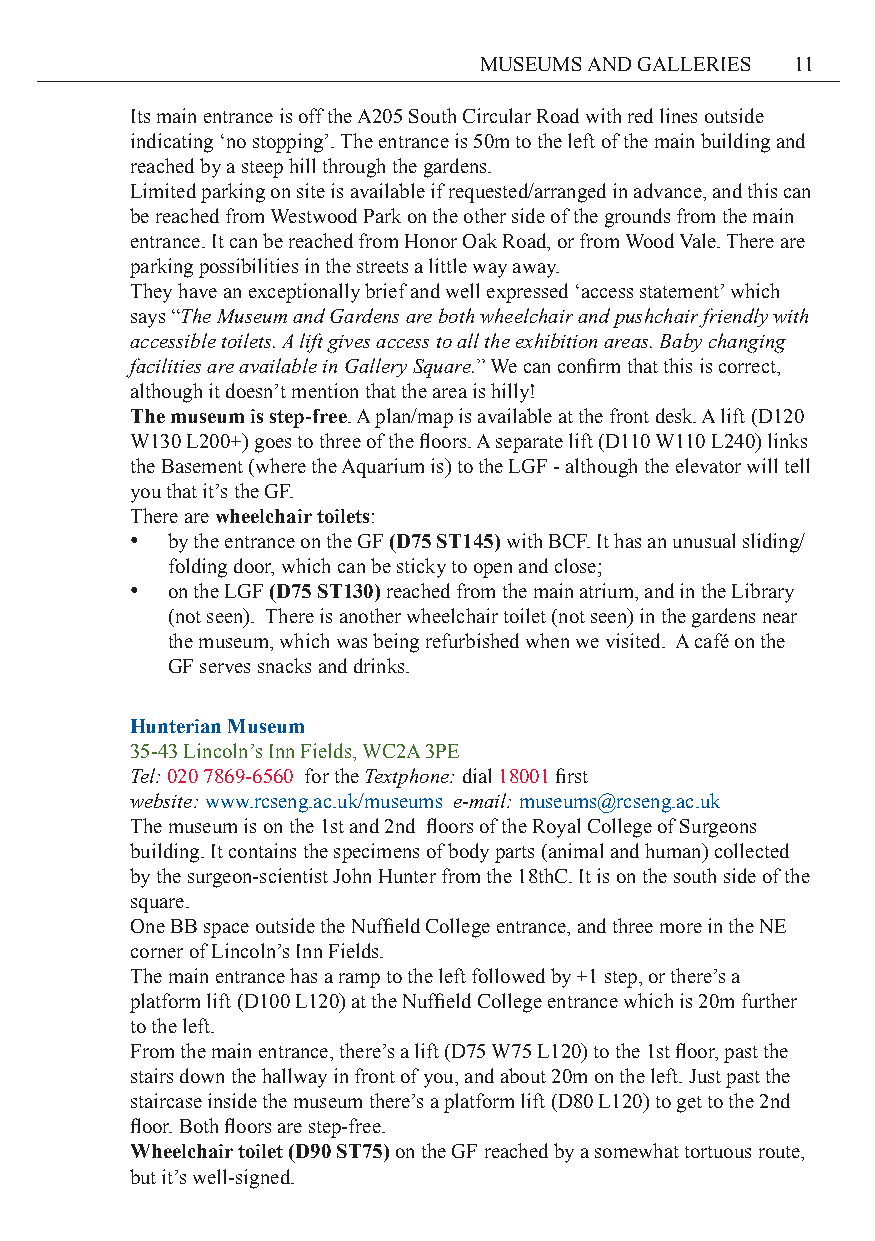
MUSEUMS AND GALLERIES 11
 Its main entrance is off the A205 South Circular Road with red lines outside
 indicating ‘no stopping’. The entrance is 50m to the left of the main building and
 reached by a steep hill through the gardens.
 Limited parking on site is available if requested/arranged in advance, and this can
 be reached from Westwood Park on the other side of the grounds from the main
 entrance. It can be reached from Honor Oak Road, or from Wood Vale. There are
 parking possibilities in the streets a little way away.
 They have an exceptionally brief and well expressed ‘access statement’ which
 says “The Museum and Gardens are both wheelchair and pushchair friendly with
 accessible toilets. A lift gives access to all the exhibition areas. Baby changing
 facilities are available in Gallery Square.” We can confirm that this is correct,
 although it doesn’t mention that the area is hilly!
 The museum is step-free. A plan/map is available at the front desk. A lift (D120
 W130 L200+) goes to three of the floors. A separate lift (D110 W110 L240) links
 the Basement (where the Aquarium is) to the LGF - although the elevator will tell
 you that it’s the GF.
 There are wheelchair toilets:
 • by the entrance on the GF (D75 ST145) with BCF. It has an unusual sliding/
 folding door, which can be sticky to open and close;
 • on the LGF (D75 ST130) reached from the main atrium, and in the Library
 (not seen). There is another wheelchair toilet (not seen) in the gardens near
 the museum, which was being refurbished when we visited. A café on the
 GF serves snacks and drinks.
 Hunterian Museum
 35-43 Lincoln’s Inn Fields, WC2A 3PE
 Tel: 020 7869-6560 for the Textphone: dial 18001 first
 website: www.rcseng.ac.uk/museums e-mail: museums@rcseng.ac.uk
 The museum is on the 1st and 2nd floors of the Royal College of Surgeons
 building. It contains the specimens of body parts (animal and human) collected
 by the surgeon-scientist John Hunter from the 18thC. It is on the south side of the
 square.
 One BB space outside the Nuffield College entrance, and three more in the NE
 corner of Lincoln’s Inn Fields.
 The main entrance has a ramp to the left followed by +1 step, or there’s a
 platform lift (D100 L120) at the Nuffield College entrance which is 20m further
 to the left.
 From the main entrance, there’s a lift (D75 W75 L120) to the 1st floor, past the
 stairs down the hallway in front of you, and about 20m on the left. Just past the
 staircase inside the museum there’s a platform lift (D80 L120) to get to the 2nd
 floor. Both floors are step-free.
 Wheelchair toilet (D90 ST75) on the GF reached by a somewhat tortuous route,
 but it’s well-signed.